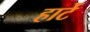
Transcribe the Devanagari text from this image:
हार्टे